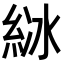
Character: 𦀋